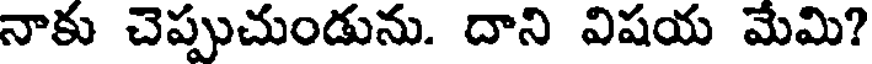
నాకు చెప్పుచుండును. దాని విషయ మేమి?